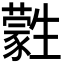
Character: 𤯾